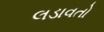
લડાવતો